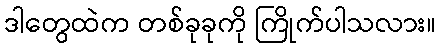
ဒါတွေထဲက တစ်ခုခုကို ကြိုက်ပါသလား။